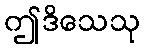
ဤဒိသေသု